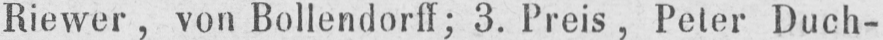
Riewer, von Bollendorff; 3. Preis, Peter Duch-